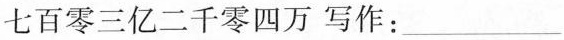
七百零三亿二千零四万写作：___